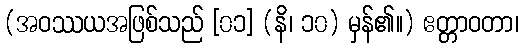
(အဝဿယအဖြစ်သည် [၀၁] (နိ၊ ၁၀) မှန်၏။) ဧတ္တာဝတာ၊